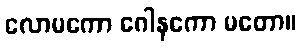
လောမကော ဂေါနကော မတော။